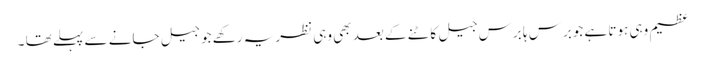
عظیم وہی ہوتا ہے جوبرس ہا برس جیل کاٹنے کے بعد بھی وہی نظریہ رکھے جو جیل جانے سے پہلے تھا ۔